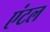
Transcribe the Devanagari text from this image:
एंटल